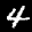
Label: 4